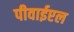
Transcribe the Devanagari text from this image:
पीवाईएल